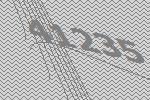
41235